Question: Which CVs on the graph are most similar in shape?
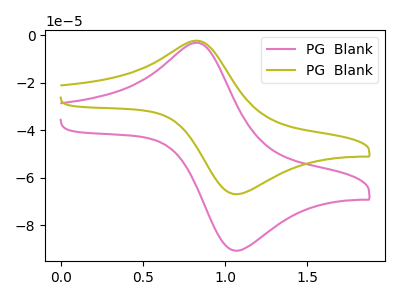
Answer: <think>The pink curve "PG  Blank1" has an anodic peak at (0.85V, -3.25uA) and a cathodic peak at (1.05V, -90.75uA). The olive curve "PG  Blank2" has an anodic peak at (0.85V, -2.40uA) and a cathodic peak at (1.05V, -67.00uA).
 All the peaks in "PG  Blank1" have a peak in "PG  Blank2" at the same potential.</think>
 <answer>"PG  Blank1" and "PG  Blank2" have the same shape and are likely CV's of the same chemical.</answer>
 <eval>"PG  Blank1" "PG  Blank2"</eval>